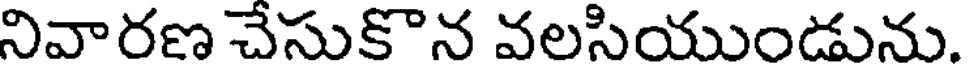
నివారణ చేసుకొన వలసియుండును.